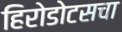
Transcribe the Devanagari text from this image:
हिरोडोटसचा